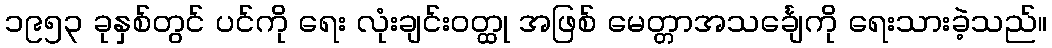
၁၉၅၃ ခုနှစ်တွင် ပင်ကို ရေး လုံးချင်းဝတ္ထု အဖြစ် မေတ္တာအသင်္ချေကို ရေးသားခဲ့သည်။